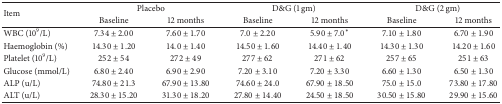
<table><thead><tr><td rowspan="2"><b>Item</b></td><td colspan="2"><b>Placebo</b></td><td colspan="2"><b>D&amp;G (1 gm)</b></td><td colspan="2"><b>D&amp;G (2 gm)</b></td></tr><tr><td><b>Baseline</b></td><td><b>12 months</b></td><td><b>Baseline</b></td><td><b>12 months</b></td><td><b>Baseline</b></td><td><b>12 months</b></td></tr></thead><tbody><tr><td>WBC (10<sup>9</sup>/L)</td><td>7.34 ± 2.00</td><td>7.60 ± 1.70</td><td>7.0 ± 2.20</td><td>5.90 ± 7.0*</td><td>7.10 ± 1.80</td><td>6.70 ± 1.90</td></tr><tr><td>Haemoglobin (%)</td><td>14.30 ± 1.20</td><td>14.0 ± 1.40</td><td>14.50 ± 1.60</td><td>14.40 ± 1.40</td><td>14.30 ± 1.30</td><td>14.20 ± 1.60</td></tr><tr><td>Platelet (10<sup>9</sup>/L)</td><td>252 ± 54</td><td>272 ± 49</td><td>277 ± 62</td><td>271 ± 62</td><td>257 ± 65</td><td>251 ± 63</td></tr><tr><td>Glucose (mmol/L)</td><td>6.80 ± 2.40</td><td>6.90 ± 2.90</td><td>7.20 ± 3.10</td><td>7.20 ± 3.30</td><td>6.60 ± 1.30</td><td>6.50 ± 1.30</td></tr><tr><td>ALP (u/L)</td><td>74.80 ± 21.3</td><td>67.90 ± 13.80</td><td>74.60 ± 24.0</td><td>67.90 ± 18.50</td><td>75.0 ± 15.0</td><td>73.80 ± 17.80</td></tr><tr><td>ALT (u/L)</td><td>28.30 ± 15.20</td><td>31.30 ± 18.20</td><td>27.80 ± 14.40</td><td>24.50 ± 18.50</td><td>30.50 ± 15.80</td><td>29.90 ± 15.60</td></tr></tbody></table>